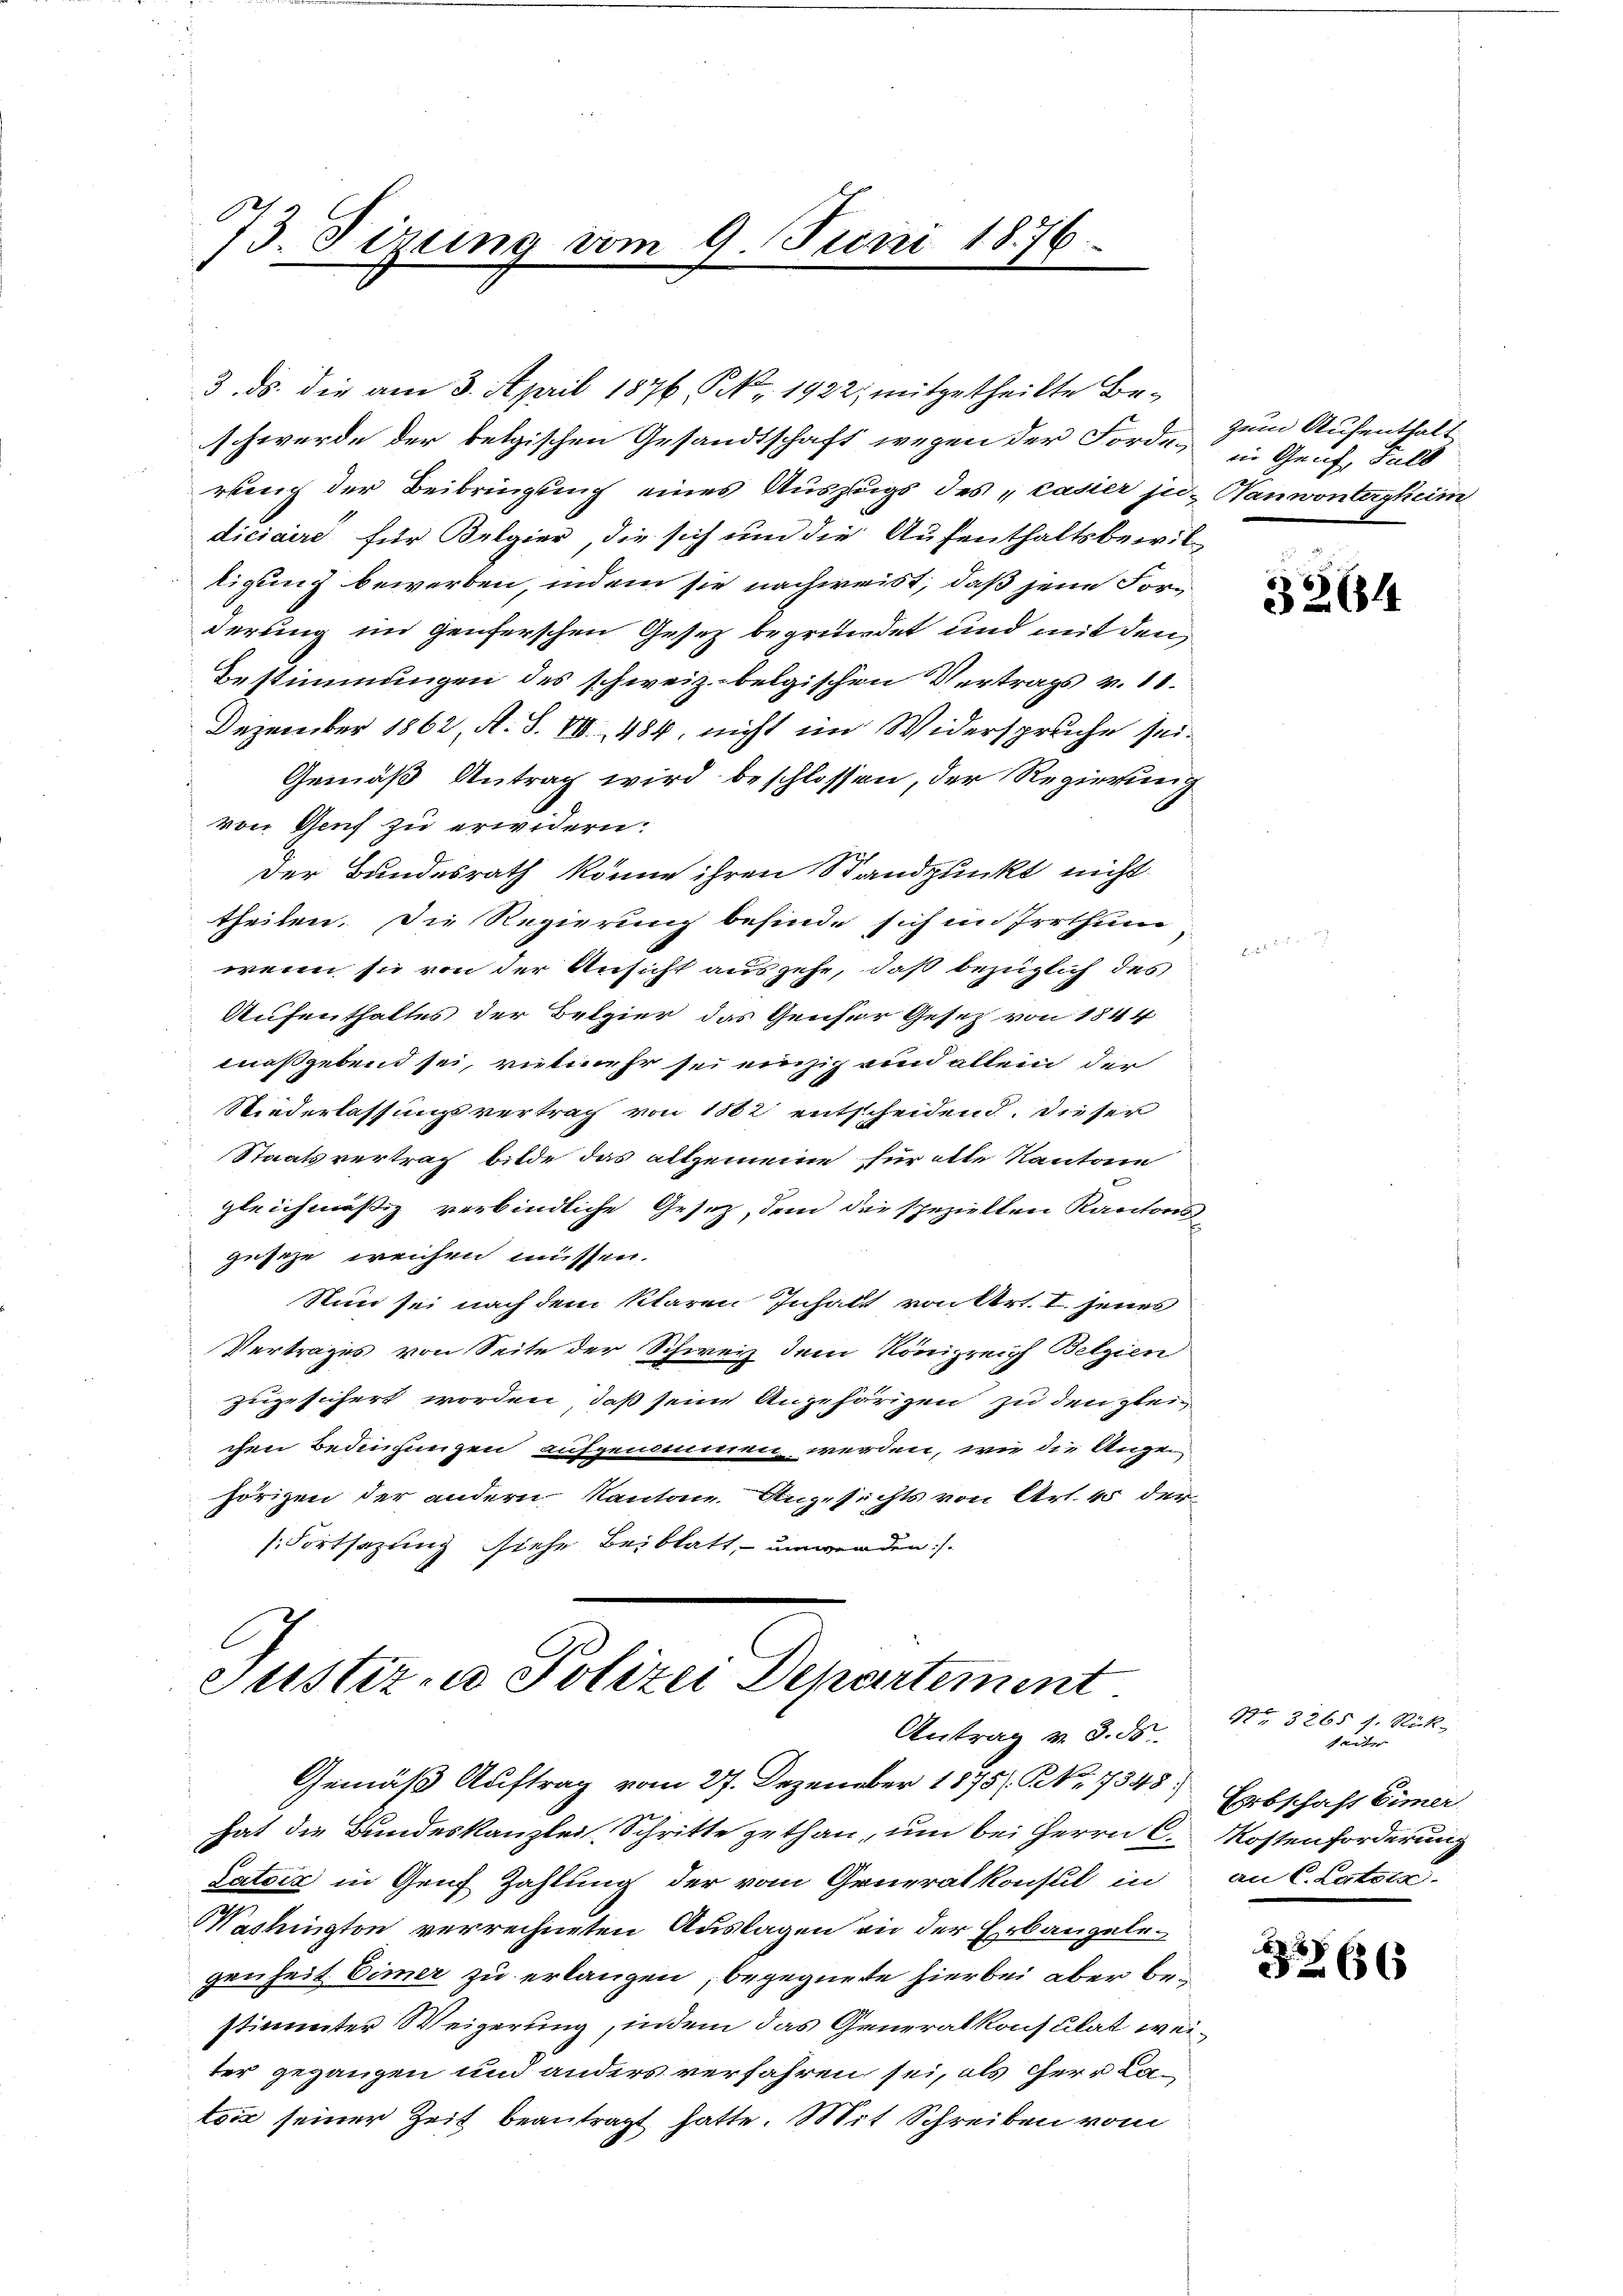
173. Sirung vom 9. Juni 1876

3. ds. die am 3. April 1876, S. 1922; mitgetheilte Beschwerde der belgischen Gesandtschaft wegen der Forde, in Genf, Fall
ruung der Beibringung eines Auszugs des „caster ju- Hanwontergheim
diciaire für Belgier, die sich um die Aufenthaltsbewiltigung bewerben, indem sie nachweist, daß jene Forderung im Genferschen Gesetz begründet und mit den
Bestimmungen des schweiz. belgischen Vertrags v. 11.
Dezember 1862, A. S. 88. 484. nicht im Widerspruche sei¬
Gemäß Antrag wird beschlossen, der Regierung
von Genf zu erwidern.
der Bundesrath könne ihren Standpunkt nicht
theilen. Die Regierung befinde sich im Irrthum
wenn sie von der Ansicht ausgehe, daß bezüglich des
Aufenthaltes der Belgier das Genser Gesetz von 1844
maßgebend sei, vielmehr sei einzig sind allein der
Niederlassungsvertrag von 1862 entscheidend. Dieser
Staatsvertrag bilde das allgemeine fürotte Kantone
gleichmässig verbindliche Gesetz, dem die speziellen Kantonsgesehe weichen müssen.
Nun sei nach dem klaren Inhalt von Art. I. jenes
Vertrages von Seite der Schweiz dem Königreich Betzien
zugesichert worden, daß seine Angehörigen zu den glei
chen Bedingungen aufgenommen werden, wie die Anzei
hörigen der andern Kantone. Angesichts von Art. 45 der
(Fortsezung siehe Beiblatt umwerden:/

C
Justiz, Polizei Departement
Antrag v. 3. ds.

zum Aufenthalt

Gemäß Auftrag vom 27. Dezember 1875. §. 7348.
hat die Bundeskanzlei Schritte gethan, um bei Herrn C. Kostenforderung
Patoir in Genf Zahlung der vom Generalkonsul in
Washington verrechneten Auslagen an der Erbaugelegenheit Eimer zu erlangen, begegnete hierbei aber bestimmter Weigerung, indem das Generalkonsulat weiter gegangen und anders verfahren sei, als herr Latois seiner Zeit beantragt hatte. Mit Schreiben vom

3264

St 3265 f. Rück-
tunter
Erbschaft Eimer
an C. Latera

b
§ 65